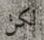
لكن